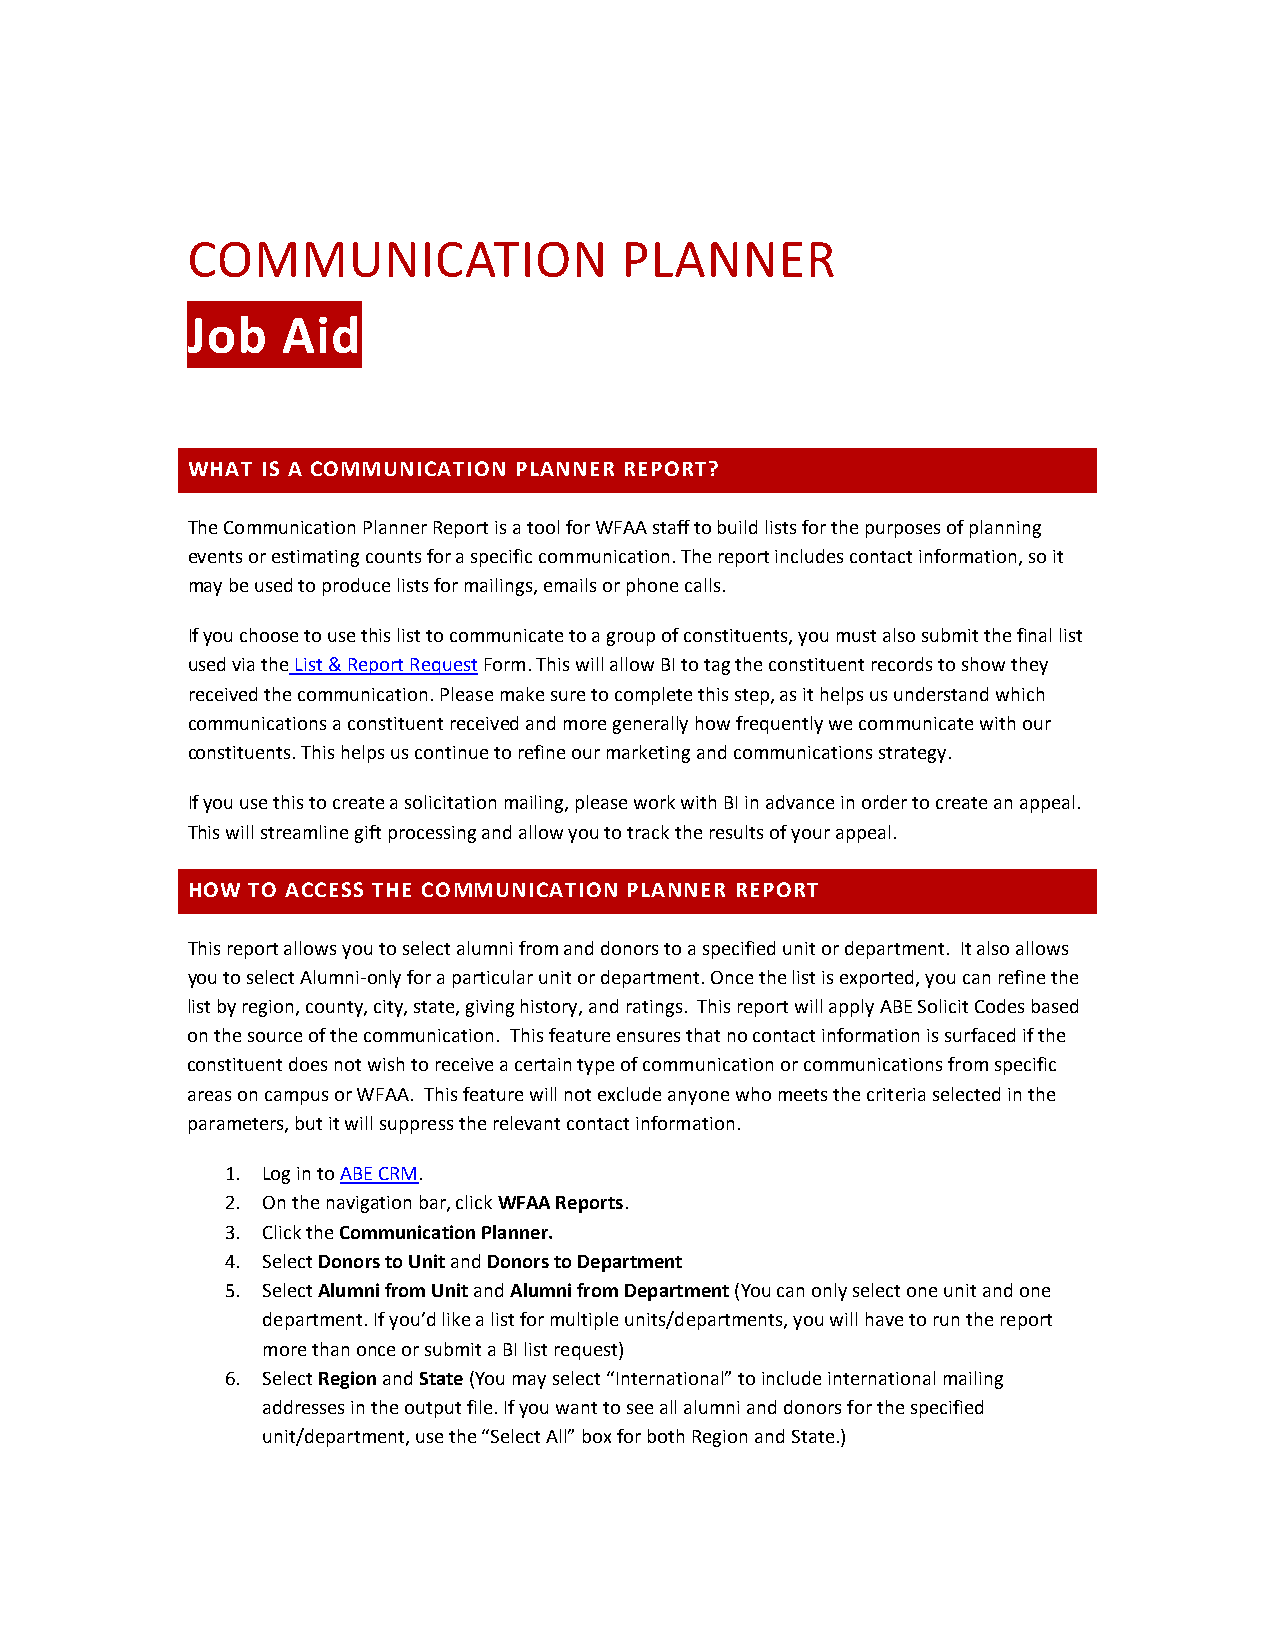
COMMUNICATION                PLANNER
 Job    Aid
 WHAT IS A COMMUNICATION PLANNER REPORT?
 The Communication Planner Report is a tool for WFAA staff to build lists for the purposes of planning
 events or estimating counts for a specific communication. The report includes contact information, so it
 may be used to produce lists for mailings, emails or phone calls.
 If you choose to use this list to communicate to a group of constituents, you must also submit the final list
 used via the List & Report Request Form. This will allow BI to tag the constituent records to show they
 received the communication. Please make sure to complete this step, as it helps us understand which
 communications a constituent received and more generally how frequently we communicate with our
 constituents. This helps us continue to refine our marketing and communications strategy.
 If you use this to create a solicitation mailing, please work with BI in advance in order to create an appeal.
 This will streamline gift processing and allow you to track the results of your appeal.
 HOW  TO ACCESS THE COMMUNICATION PLANNER REPORT
 This report allows you to select alumni from and donors to a specified unit or department. It also allows
 you to select Alumni-only for a particular unit or department. Once the list is exported, you can refine the
 list by region, county, city, state, giving history, and ratings. This report will apply ABE Solicit Codes based
 on the source of the communication. This feature ensures that no contact information is surfaced if the
 constituent does not wish to receive a certain type of communication or communications from specific
 areas on campus or WFAA. This feature will not exclude anyone who meets the criteria selected in the
 parameters, but it will suppress the relevant contact information.
 1. Log in to ABE CRM.
 2. On the navigation bar, click WFAA Reports.
 3. Click the Communication Planner.
 4. Select Donors to Unit and Donors to Department
 5. Select Alumni from Unit and Alumni from Department (You can only select one unit and one
 department. If you’d like a list for multiple units/departments, you will have to run the report
 more than once or submit a BI list request)
 6. Select Region and State (You may select “International” to include international mailing
 addresses in the output file. If you want to see all alumni and donors for the specified
 unit/department, use the “Select All” box for both Region and State.)